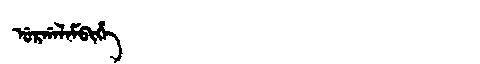
Manchu: ᡠᡵᡤᠠᠯᠠᠮᠪᡳᡥᡝ
Romanization: URGALAMBIHE